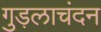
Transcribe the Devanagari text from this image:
गुड़लाचंदन